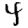
Digit: 4